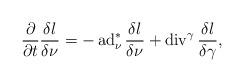
LaTeX: \begin{align*}\frac{\partial }{\partial t}\frac{\delta l}{\delta\nu}=-\operatorname{ad}^*_\nu\frac{\delta l}{\delta\nu}+\operatorname{div}^\gamma\frac{\delta l}{\delta\gamma},\end{align*}